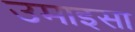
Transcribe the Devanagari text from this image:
उमाइसा